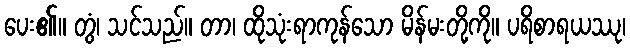
ပေး၏။ တွံ၊ သင်သည်။ တာ၊ ထိုသုံးရာကုန်သော မိန်မးတို့ကို။ ပရိစာရယဿု၊